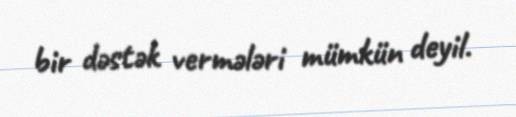
bir dəstək vermələri mümkün deyil.